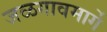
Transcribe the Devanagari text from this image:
जळगावमार्गे